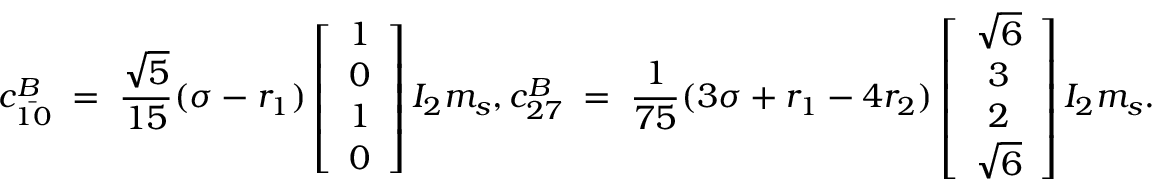
c _ { \bar { 1 0 } } ^ { B } \; = \; \frac { \sqrt { 5 } } { 1 5 } ( \sigma - r _ { 1 } ) \left[ \begin{array} { c } { { 1 } } \\ { { 0 } } \\ { { 1 } } \\ { { 0 } } \end{array} \right] I _ { 2 } m _ { s } , c _ { 2 7 } ^ { B } \; = \; \frac { 1 } { 7 5 } ( 3 \sigma + r _ { 1 } - 4 r _ { 2 } ) \left[ \begin{array} { c } { { \sqrt { 6 } } } \\ { { 3 } } \\ { { 2 } } \\ { { \sqrt { 6 } } } \end{array} \right] I _ { 2 } m _ { s } .